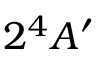
2 ^ { 4 } A ^ { \prime }